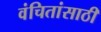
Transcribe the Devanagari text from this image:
वंचितांसाठी